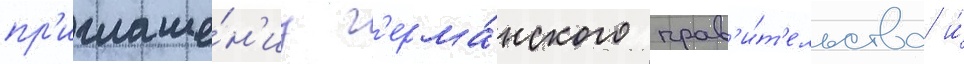
пр'иглаше́н'иу г'ерма́нского прав'и́т'ельства и́